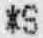
*S